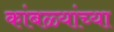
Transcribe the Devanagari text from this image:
कांबळ्यांच्या